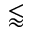
\lessapprox